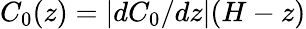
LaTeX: C_{0}(z)=|dC_{0}/dz|(H-z)